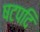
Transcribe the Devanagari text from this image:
षटपदि